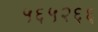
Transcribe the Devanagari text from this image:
५६५२६६